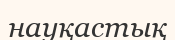
науқастық